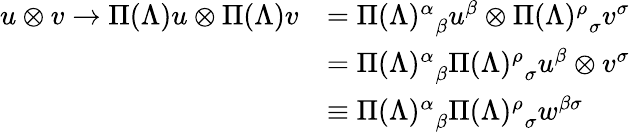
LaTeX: {\begin{array}{rl}{u\otimes v\rightarrow\Pi(\Lambda)u\otimes\Pi(\Lambda)v}&{={\Pi(\Lambda)^{\alpha}}_{\beta}u^{\beta}\otimes{\Pi(\Lambda)^{\rho}}_{\sigma}v^{\sigma}}\\ &{={\Pi(\Lambda)^{\alpha}}_{\beta}{\Pi(\Lambda)^{\rho}}_{\sigma}u^{\beta}\otimes v^{\sigma}}\\ &{\equiv{\Pi(\Lambda)^{\alpha}}_{\beta}{\Pi(\Lambda)^{\rho}}_{\sigma}w^{\beta\sigma}}\end{array}}